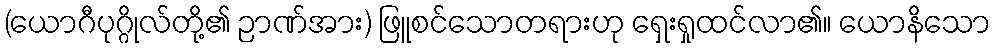
(ယောဂီပုဂ္ဂိုလ်တို့၏ ဉာဏ်အား) ဖြူစင်သောတရားဟု ရှေးရှုထင်လာ၏။ ယောနိသော